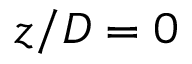
z / D = 0